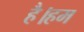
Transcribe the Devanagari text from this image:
है।हम